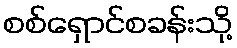
စစ်ရှောင်စခန်းသို့